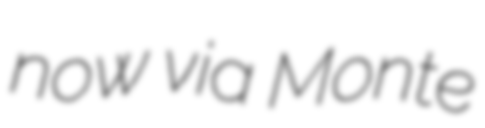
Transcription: now via Monte